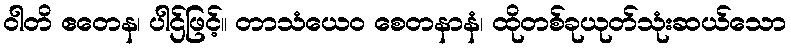
ဝါတိ ဧတေန၊ ပါဌ်ဖြင့်။ တာသံယေဝ စေတနာနံ၊ ထိုတစ်ခုယုတ်သုံးဆယ်သော